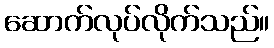
ဆောက်လုပ်လိုက်သည်။